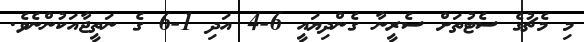
މި މެޗުގެ ސެޓުތަށް ސެރީނާ ގެންދިޔައީ 6-4 އަދި 1-6 ގެ ނަތީޖާއަކުންނެވެ.